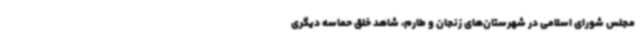
مجلس شورای اسلامی در شهرستان‌های زنجان و طارم، شاهد خلق حماسه‌ دیگری